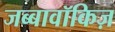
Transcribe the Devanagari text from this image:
जब्बावॉकिज़